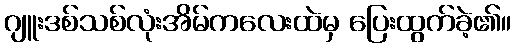
ဂျူးဒစ်သစ်လုံးအိမ်ကလေးထဲမှ ပြေးထွက်ခဲ့၏။